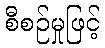
စီစဉ်မှုဖြင့်